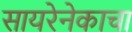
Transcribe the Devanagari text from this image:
सायरेनेकाचा